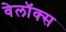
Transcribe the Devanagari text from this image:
वेलॉक्स